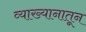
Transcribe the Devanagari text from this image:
व्याख्यानातून